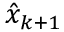
\hat { x } _ { k + 1 }